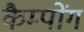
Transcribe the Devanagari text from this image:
कैम्पोंग